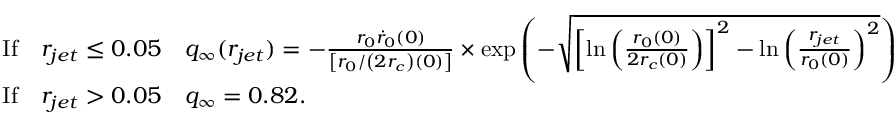
\begin{array} { r l } & { \mathrm { I f } \quad r _ { j e t } \leq 0 . 0 5 \quad q _ { \infty } ( r _ { j e t } ) = - \frac { r _ { 0 } \dot { r } _ { 0 } ( 0 ) } { \left[ r _ { 0 } / \left( 2 r _ { c } \right) ( 0 ) \right] } \times \exp \left( - \sqrt { \left[ \ln \left( \frac { r _ { 0 } ( 0 ) } { 2 r _ { c } ( 0 ) } \right) \right] ^ { 2 } - \ln \left( \frac { r _ { j e t } } { r _ { 0 } ( 0 ) } \right) ^ { 2 } } \right) \, } \\ & { \mathrm { I f } \quad r _ { j e t } > 0 . 0 5 \quad q _ { \infty } = 0 . 8 2 . } \end{array}